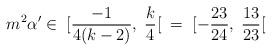
LaTeX: \begin{align*}m^2\alpha'\in\; [\frac{-1}{4(k-2)},\;\frac{k}{4}[\;\;=\;[-\frac{23}{24},\;\frac{13}{23}[\end{align*}